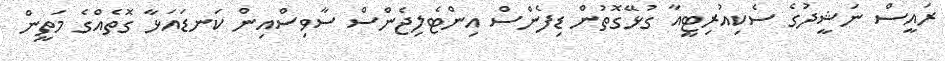
ރައީސް ނަޝީދުގެ ސެކިއުރިޓީއާ ގުޅޭގޮތުން ޑިފެންސް އިންޓެލިޖެންސް ސާވިސްއިން ކަނޑައަޅާ ގޮތެއްގެ މަތީން